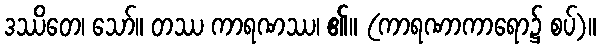
ဒဿိတေ၊ သော်။ တဿ ကာရဏဿ၊ ၏။ (ကာရဏာကာရော၌ စပ်)။